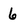
Character: 6